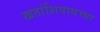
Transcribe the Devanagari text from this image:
खतांशिवायच्या